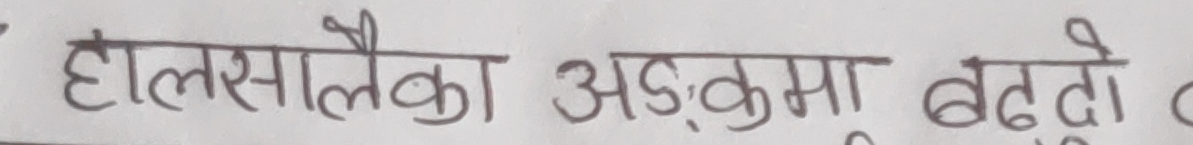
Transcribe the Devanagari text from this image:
हाल्सालेका अङ्कमा बढ्दो